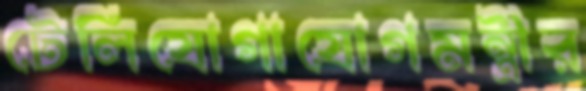
টেলিযোগাযোগমন্ত্রীর